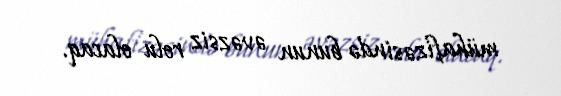
mühafizəsində bunun əvəzsiz rolu olacaq.